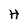
Character: H